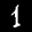
Label: 1